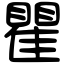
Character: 瞿